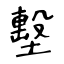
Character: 墼